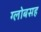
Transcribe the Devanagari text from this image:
ग्लोबसह